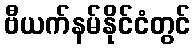
ဗီယက်နမ်နိုင်ငံတွင်